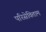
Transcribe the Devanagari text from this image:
परिसेविताम